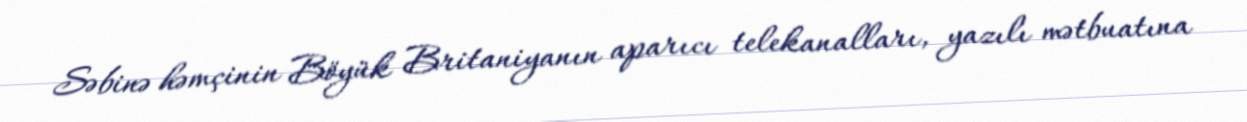
Səbinə həmçinin Böyük Britaniyanın aparıcı telekanalları, yazılı mətbuatına